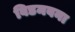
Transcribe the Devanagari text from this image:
विडमबना